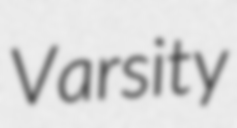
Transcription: Varsity